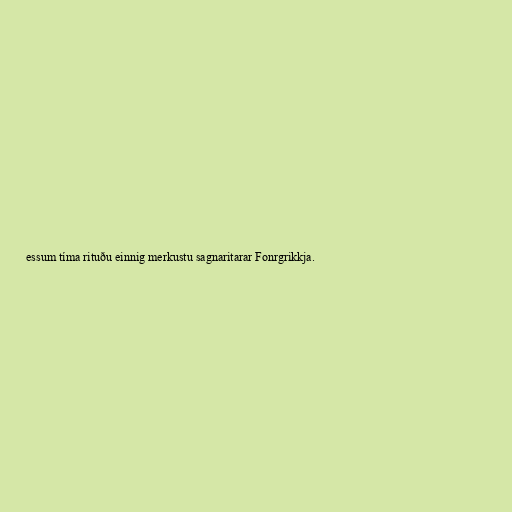
essum tíma rituðu einnig merkustu sagnaritarar Fonrgrikkja.